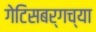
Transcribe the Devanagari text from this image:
गेटिसबर्गच्या